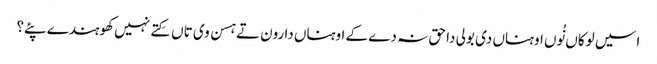
اسیں لوکاں نُوں اوہناں دی بولی دا حق نہ دے کے اوہناں دا رون تے ہسن وی تاں کِتے نہیں کھوہندے پئے؟